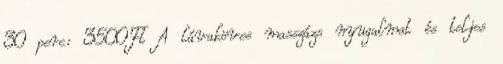
30 perc: 3500Ft A lávaköves masszázs nyugalmat és teljes